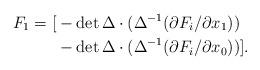
LaTeX: \begin{align*}F_1=[& -\det\Delta\cdot(\Delta^{-1}(\partial F_i/\partial x_1))\\& -\det\Delta\cdot(\Delta^{-1}(\partial F_i/\partial x_0))].\end{align*}